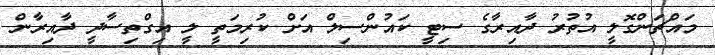
މައްޗަންގޮލީ އުތުރު ދާއިރާގެ ސިޓީ ކައުންސިލް އަށް ކުރިމަތީ ލީ އިގްތިސާދީ ދާއިރާން